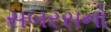
સબરસનો